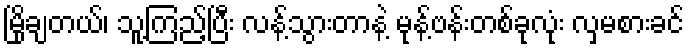
မြိုချတယ်၊ သူ့ကြည့်ပြီး လန့်သွားတာနဲ့ မုန့်ဗန်းတစ်ခုလုံး လှမစားခင်